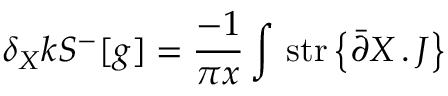
\delta _ { X } k { \cal S } ^ { - } [ g ] = \frac { - 1 } { \pi x } \int \, \mathrm { s t r } \left\{ \bar { \partial } X \, . \, J \right\} \, \,